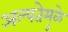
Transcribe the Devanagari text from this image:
अल्पतेमुळे